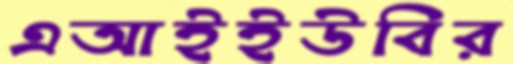
এআইইউবির